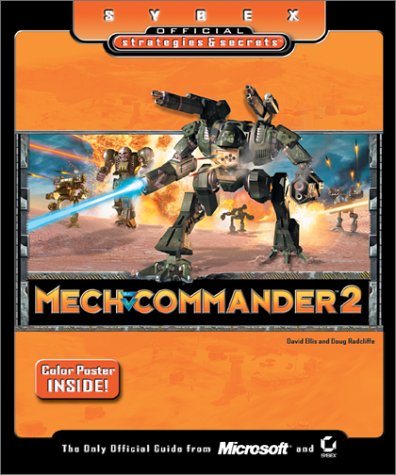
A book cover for MechCommander 2: Sybex Official Strategies & Secrets; David Ellis; Children's Books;